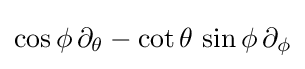
\cos \phi \,\partial _{\theta }-\cot \theta \,\sin \phi \,\partial _{\phi }